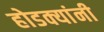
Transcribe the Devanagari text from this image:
होडक्यांनी